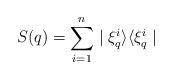
LaTeX: \begin{align*}\displaystyle S(q)=\sum_{i=1}^n\mid\xi_q^i\rangle\langle\xi_q^i\mid\end{align*}